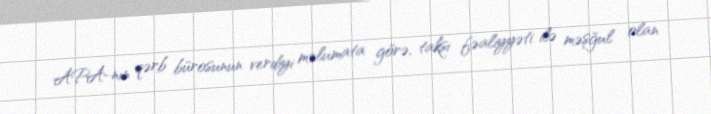
APA-nın qərb bürosunun verdiyi məlumata görə, taksi fəaliyyəti ilə məşğul olan